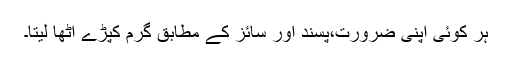
ہر کوئی اپنی ضرورت،پسند اور سائز کے مطابق گرم کپڑے اٹھا لیتا۔